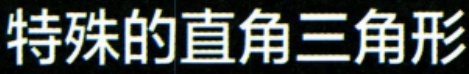
特殊的直角三角形